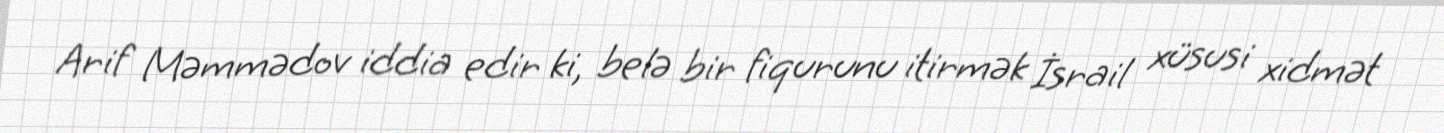
Arif Məmmədov iddia edir ki, belə bir fiqurunu itirmək İsrail xüsusi xidmət